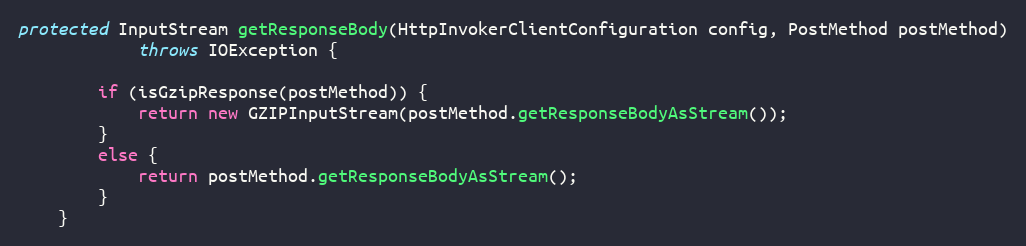
Language: Java
protected InputStream getResponseBody(HttpInvokerClientConfiguration config, PostMethod postMethod)
            throws IOException {

        if (isGzipResponse(postMethod)) {
            return new GZIPInputStream(postMethod.getResponseBodyAsStream());
        }
        else {
            return postMethod.getResponseBodyAsStream();
        }
    }